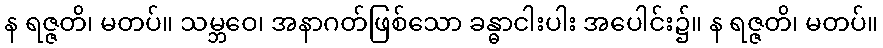
န ရဇ္ဇတိ၊ မတပ်။ သမ္ဘဝေ၊ အနာဂတ်ဖြစ်သော ခန္ဓာငါးပါး အပေါင်း၌။ န ရဇ္ဇတိ၊ မတပ်။